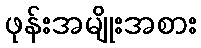
ဖုန်းအမျိုးအစား